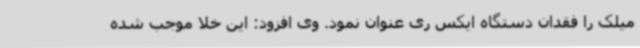
میلک را فقدان دستگاه ایکس ری عنوان نمود. وی افزود: این خلا موجب شده